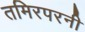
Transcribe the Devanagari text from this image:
तमिरपरनी